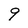
Character: 9